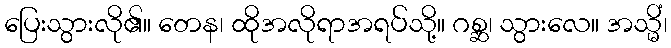
ပြေးသွားလို၏။ တေန၊ ထိုအလိုရာအရပ်သို့။ ဂစ္ဆ၊ သွားလေ။ အသ္မိံ၊